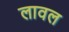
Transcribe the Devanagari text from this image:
लावल